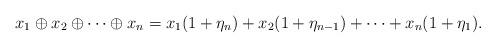
LaTeX: \begin{align*}x_1\oplus x_2\oplus \cdots \oplus x_n=x_1(1+\eta_n)+x_2(1+\eta_{n-1})+\cdots +x_n(1+\eta_1).\end{align*}